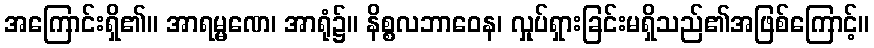
အကြောင်းရှိ၏။ အာရမ္မဏေ၊ အာရုံ၌။ နိစ္စလဘာဝေန၊ လှုပ်ရှားခြင်းမရှိသည်၏အဖြစ်ကြောင့်။